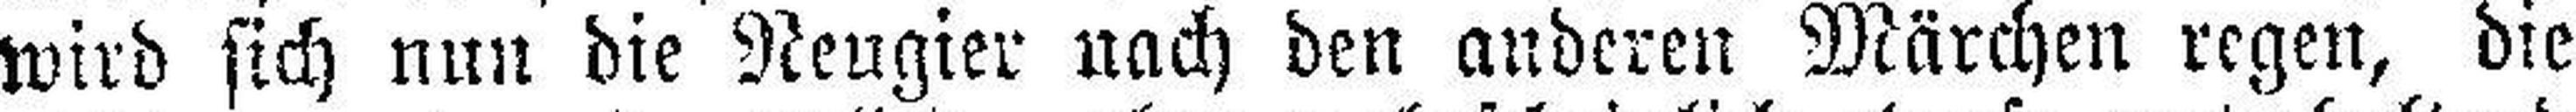
wird sich nun die Neugier nach den anderen Märchen regen, die